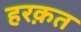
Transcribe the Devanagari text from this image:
हरक़त